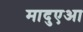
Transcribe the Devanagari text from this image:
मादुएआ